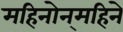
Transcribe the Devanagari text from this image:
महिनोन्‌महिने